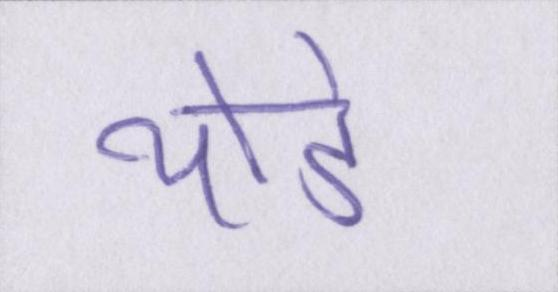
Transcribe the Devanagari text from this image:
थोडे